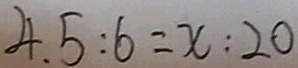
4 . 5 : 6 = x : 2 0